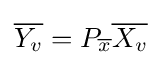
{\overline {Y_{v}}}=P_{\overline {x}}{\overline {X_{v}}}